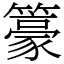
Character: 籇